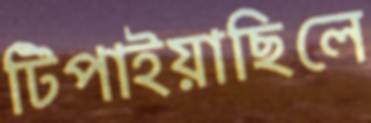
টিপাইয়াছিলে